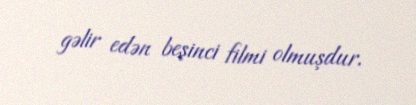
gəlir edən beşinci filmi olmuşdur.